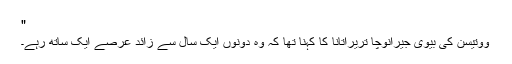
"
ووتیسن کی بیوی جیرانوچا تریراتانا کا کہنا تھا کہ وہ دونوں ایک سال سے زائد عرصے ایک ساتھ رہے۔